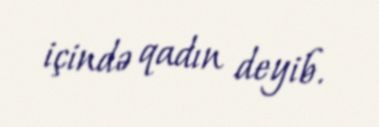
içində qadın deyib.